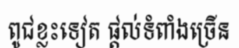
ពូជខ្លះទៀត ផ្តល់ទំពាំងច្រើន